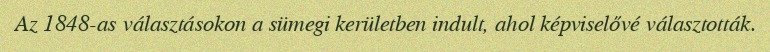
Az 1848-as választásokon a sümegi kerületben indult, ahol képviselővé választották.